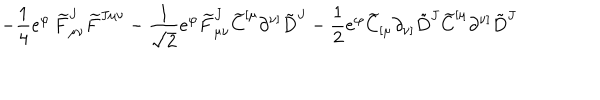
\left. - \frac { 1 } { 4 } e ^ { \varphi } \, { \widetilde F } _ { \mu \nu } ^ { J } { \widetilde F } ^ { J \mu \nu } - \frac { 1 } { \sqrt 2 } e ^ { \varphi } { \widetilde F } _ { \mu \nu } ^ { J } { \widetilde C } ^ { [ \mu } \partial ^ { \nu ] } { \tilde { D } } ^ { J } - \frac { 1 } { 2 } e ^ { \varphi } { \widetilde C } _ { [ \mu } \partial _ { \nu ] } { \tilde { D } } ^ { J } { \widetilde C } ^ { [ \mu } \partial ^ { \nu ] } { \tilde { D } } ^ { J } \right.